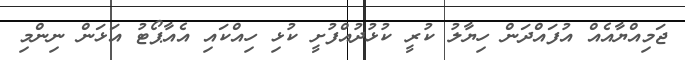
ޖަމިއްޔާއެއް އުފައްދަން ހިޔާލު ކުރީ ކުޅުދުއްފުށީ ކުޅި ހިއްކައި އެއާޕޯޓު އަޅަން ނިންމި